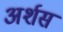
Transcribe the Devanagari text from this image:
अर्शस